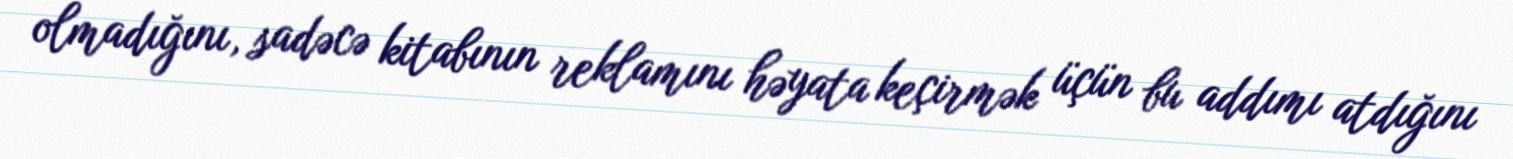
olmadığını, sadəcə kitabının reklamını həyata keçirmək üçün bu addımı atdığını